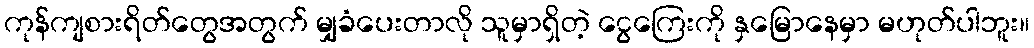
ကုန်ကျစားရိတ်တွေအတွက် မျှခံပေးတာလို သူမှာရှိတဲ့ ငွေကြေးကို နှမြောနေမှာ မဟုတ်ပါဘူး။